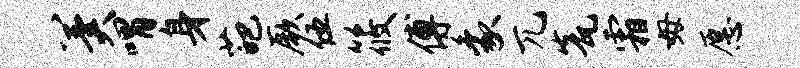
冀喟身葩厥伍筱傅象兀瓮霜毋愿